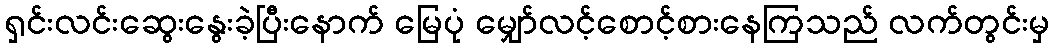
ရှင်းလင်းဆွေးနွေးခဲ့ပြီးနောက် မြေပုံ မျှော်လင့်စောင့်စားနေကြသည် လက်တွင်းမှ